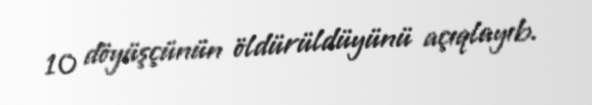
10 döyüşçünün öldürüldüyünü açıqlayıb.